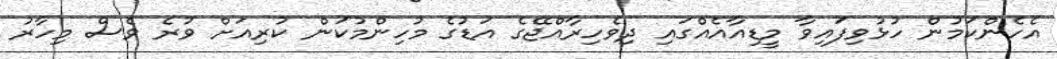
އެހެންކަމުން ހުޅުވިފައިވާ މީޑިއާއެއްގައި ދިވެހިރާއްޖޭގެ އަޑުގެ މުހިންމުކަން ކުރިއަށް ވުރެ ވެސް މިހާރު